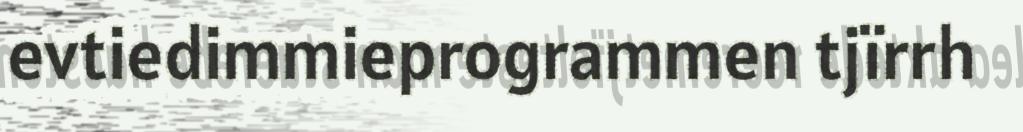
evtiedimmieprogrammen tjïrrh